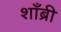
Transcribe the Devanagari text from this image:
शाँब्री